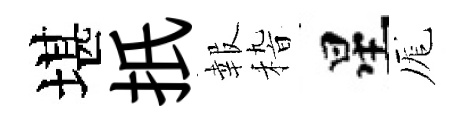
堪扺報𥟵星厖